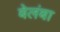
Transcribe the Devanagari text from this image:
बेलंबा